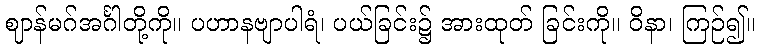
ဈာန်မဂ်အင်္ဂါတို့ကို။ ပဟာနဗျာပါရံ၊ ပယ်ခြင်း၌ အားထုတ် ခြင်းကို။ ဝိနာ၊ ကြဉ်၍။